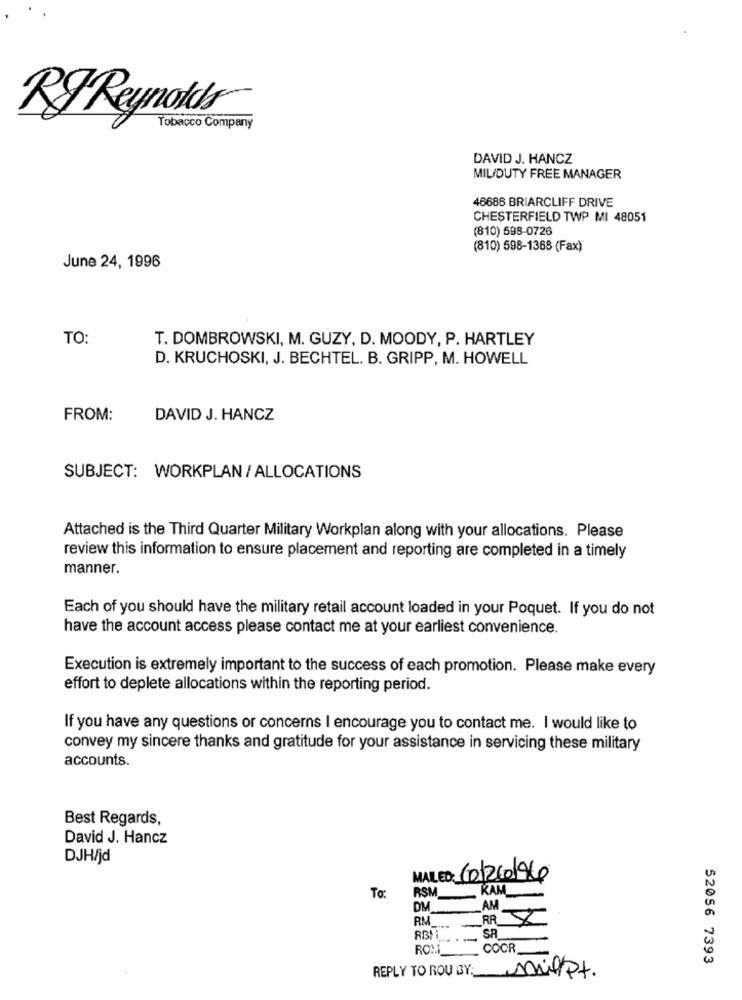
RJ Reynolds
Tobacco Company
DAVID J. HANCZ
MIL/DUTY FREE MANAGER
46686 BRIARCLIFF DRIVE
CHESTERFIELD TWP MI 48051
(810) 598-0726
(810) 598-1368 (Fax)
June 24, 1996
TO:
T. DOMBROWSKI, M. GUZY, D. MOODY, P. HARTLEY
D. KRUCHOSKI, J. BECHTEL. B. GRIPP, M. HOWELL
FROM:
DAVID J. HANCZ
SUBJECT: WORKPLAN / ALLOCATIONS
Attached is the Third Quarter Military Workplan along with your allocations. Please
review this information to ensure placement and reporting are completed in a timely
manner.
Each of you should have the military retail account loaded in your Poquet. If you do not
have the account access please contact me at your earliest convenience.
Execution is extremely important to the success of each promotion. Please make every
effort to deplete allocations within the reporting period.
If you have any questions or concerns I encourage you to contact me. I would like to
convey my sincere thanks and gratitude for your assistance in servicing these military
accounts.
Best Regards,
David J. Hancz
DJH/jd
MALEO: 10/260196
RSM
KAM
To:
DM
RM
AM I
SA
RBI i
RON
COOR
52056 7393
REPLY TO ROU BY: mailPt.